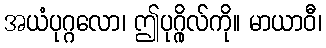
အယံပုဂ္ဂလော၊ ဤပုဂ္ဂိုလ်ကို။ မာယာဝီ၊